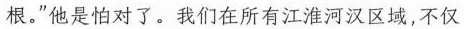
根。”他怕是对了。我们在所有江淮河汉区域，不仅